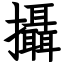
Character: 攝